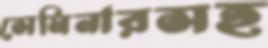
সেমিনারসহ